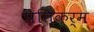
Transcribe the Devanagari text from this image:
प्रतिकर्म